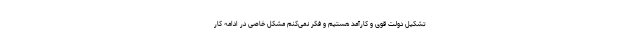
تشکیل دولت قوی و کارآمد هستیم و فکر نمی‌کنم مشکل خاصی در ادامه کار